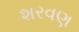
શરવણ